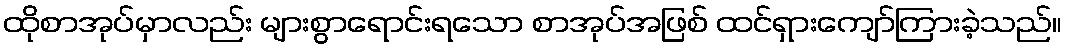
ထိုစာအုပ်မှာလည်း များစွာရောင်းရသော စာအုပ်အဖြစ် ထင်ရှားကျော်ကြားခဲ့သည်။